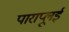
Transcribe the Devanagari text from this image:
पाराप्लूई